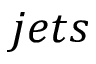
j e t s